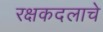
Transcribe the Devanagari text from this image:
रक्षकदलाचे